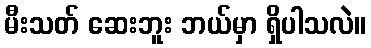
မီးသတ် ဆေးဘူး ဘယ်မှာ ရှိပါသလဲ။